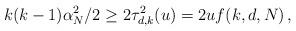
LaTeX: \begin{align*}k(k-1) \alpha_N^2/2 \ge 2 \tau_{d,k}^2(u) = 2 u f(k,d,N)\,,\end{align*}